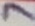
Text: 7